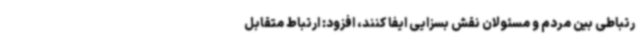
رتباطی بین مردم و مسئولان نقش بسزایی ایفا کنند، افزود: ارتباط متقابل